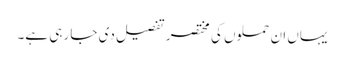
یہاں ان حملوں کی مختصر تفصیل دی جا رہی ہے۔